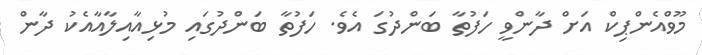
މޫވްއެންޕިކް އަށް ދާންވީ ހަފުތާ ބަންދުގަ އެވެ. ހަފުތާ ބަންދުގައި މުޅިއާއިލާއާއެކު ދާން